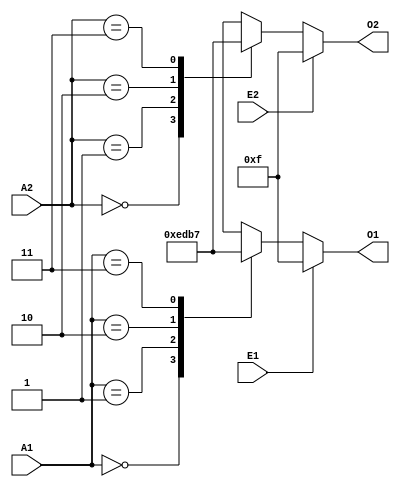

module x74139(

  input  E1,
  input  E2,
  input  [1:0] A1,
  input  [1:0] A2,
  output reg [3:0] O1,
  output reg [3:0] O2

);

always @*
  if (~E1)
    case (A1)
      2'b00: O1 = 4'b1110;
      2'b01: O1 = 4'b1101;
      2'b10: O1 = 4'b1011;
      2'b11: O1 = 4'b0111;
    endcase
  else
    O1 = 4'b1111;

always @*
  if (~E2)
    case (A2)
      2'b00: O2 = 4'b1110;
      2'b01: O2 = 4'b1101;
      2'b10: O2 = 4'b1011;
      2'b11: O2 = 4'b0111;
    endcase
  else
    O2 = 4'b1111;

endmodule